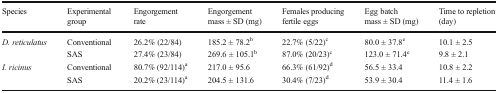
| Species | Experimental group | Engorgement rate | Engorgement mass ± SD (mg) | Females producing fertile eggs | Egg batch mass ± SD (mg) | Time to repletion (day) |
 | --- | --- | --- | --- | --- | --- | --- |
 | D. reticulatus | Conventional | 26.2% (22/84) | 185.2 ± 78.2b | 22.7% (5/22)c | 80.0 ± 37.8e | 10.1 ± 2.5 |
 |  | SAS | 27.4% (23/84) | 269.6 ± 105.1b | 87.0% (20/23)c | 123.0 ± 71.4e | 9.8 ± 2.1 |
 | I. ricinus | Conventional | 80.7% (92/114)a | 217.0 ± 95.6 | 66.3% (61/92)d | 56.5 ± 33.4 | 10.8 ± 2.2 |
 |  | SAS | 20.2% (23/114)a | 204.5 ± 131.6 | 30.4% (7/23)d | 53.9 ± 30.4 | 11.4 ± 1.6 |